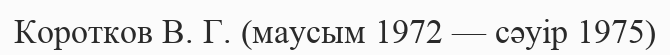
Коротков В. Г. (маусым 1972 — сәуір 1975)